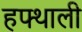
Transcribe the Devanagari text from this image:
हफ्थाली